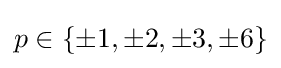
p\in \{\pm 1,\pm 2,\pm 3,\pm 6\}